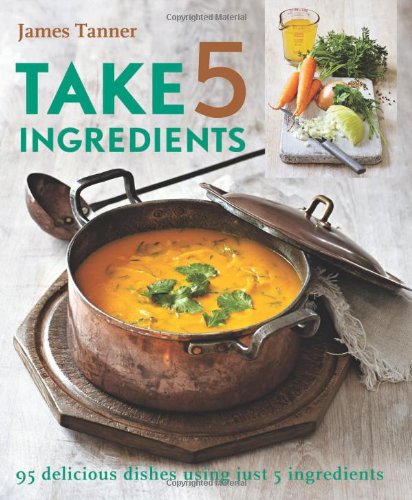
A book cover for Take 5 Ingredients: 95 Delicious Dishes Using Just 5 Ingredients; James Tanner; Cookbooks, Food & Wine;